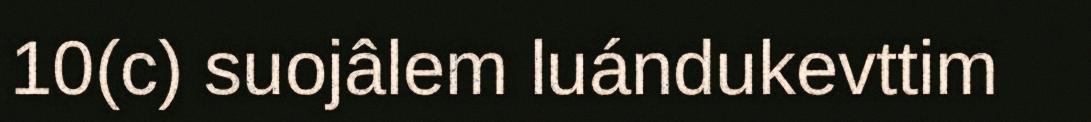
10(c) suojâlem luándukevttim